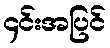
၄င်းအပြင်